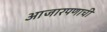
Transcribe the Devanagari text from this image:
आजारपणाची